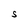
Character: S